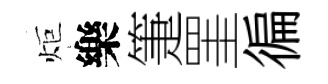
炬樂箑罣徧